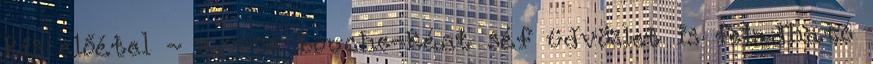
kis előétel - amuse bouche-ként séf üdvözlet is feladható